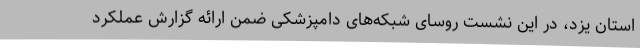
استان یزد، در این نشست روسای شبکه‌های دامپزشکی ضمن ارائه گزارش عملکرد